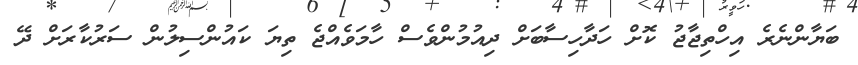
ބަޔާންނެރެ އިހްތިޖާޖު ކޮށް ހަދާހިސާބަށް ދިއުމުންވެސް ހާމަވެއްޖެ ތިޔަ ކައުންސިލުން ސަރުކާރަށް ދޭ